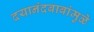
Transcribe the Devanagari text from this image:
दयानंदबाबांमुळे